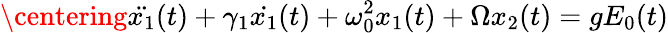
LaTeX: \centering\ddot{x_{1}}(t)+\gamma_{1}\dot{x_{1}}(t)+\omega_{0}^{2}x_{1}(t)+\Omega x_{2}(t)=gE_{0}(t)